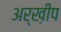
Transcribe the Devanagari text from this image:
अर्ख़ीप